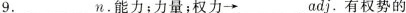
9.______n.能力；力量；权力→__adj.有权势的